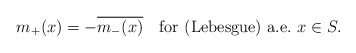
\begin{align*}m_+(x) = -\overline{m_-(x)} \quad\textrm{for (Lebesgue) a.e.\ } x\in S .\end{align*}